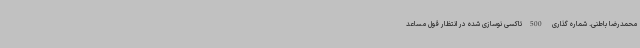
محمدرضا باطنی. شماره گذاری 500تاکسی نوسازی شده در انتظار قول مساعد